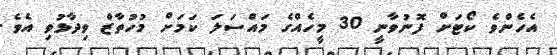
އެހެންވެ ކޯޓަށް ފޮނުވާނީ 30 މީހެއްގެ މައްސަލަ ކަމަށް މުހުތާޒް ވިދާޅުވި އެވެ.